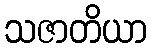
သဇာတိယာ